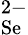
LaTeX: ^{2-}_{\textrm{Se}}